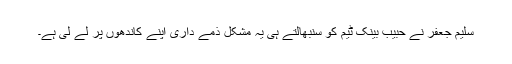
سلیم جعفر نے حبیب بینک ٹیم کو سنبھالتے ہی یہ مشکل ذمے داری اپنے کاندھوں پر لے لی ہے۔